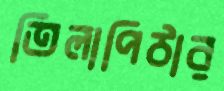
তিলাপিঠার